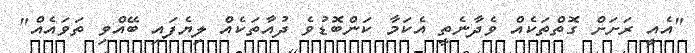
"އެއީ ރަށަށް ގޮތްތަކެއް ވެދާނެތީ އެކަމާ ކަންބޮޑުވެ ދުއާތަކެއް ލިޔެފައި ބޭއްވި ތަވައެއް"